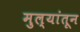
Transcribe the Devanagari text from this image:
मुल्यांतून